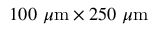
1 0 0 ~ \mu \mathrm { m } \times 2 5 0 ~ \mu \mathrm { m }